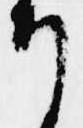
り